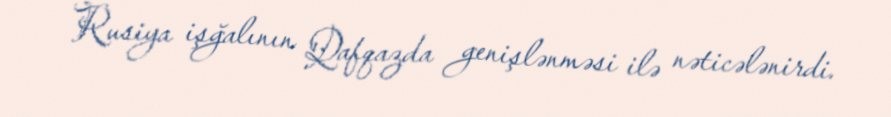
Rusiya işğalının Qafqazda genişlənməsi ilə nəticələnirdi.